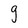
Character: g